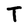
Character: T